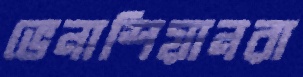
ভেনাশিয়ানরা